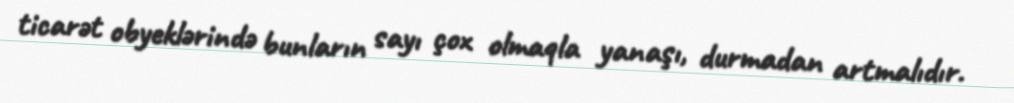
ticarət obyeklərində bunların sayı çox olmaqla yanaşı, durmadan artmalıdır.